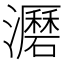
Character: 𤃹